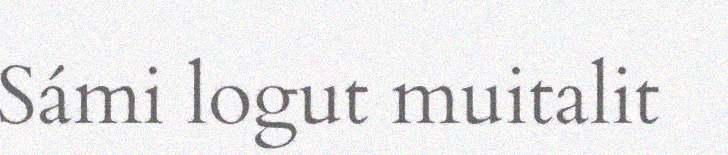
Sámi logut muitalit